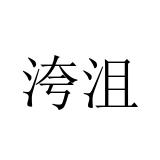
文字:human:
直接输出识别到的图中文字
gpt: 洿沮